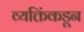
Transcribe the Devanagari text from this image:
व्यक्तिंकडून